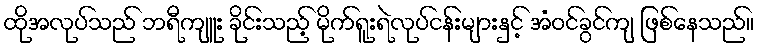
ထိုအလုပ်သည် ဘရီကျူး ခိုင်းသည့် မိုက်ရူးရဲလုပ်ငန်းများနှင့် အံဝင်ခွင်ကျ ဖြစ်နေသည်။